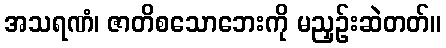
အသရဏံ၊ ဇာတိစသောဘေးကို မညှဉ်းဆဲတတ်။